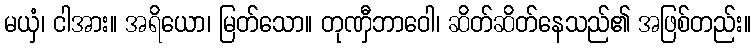
မယှံ၊ ငါအား။ အရိယော၊ မြတ်သော။ တုဏှီဘာဝေါ၊ ဆိတ်ဆိတ်နေသည်၏ အဖြစ်တည်း။